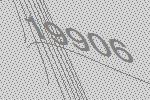
19906